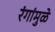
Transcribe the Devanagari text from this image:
रंगांमुळे